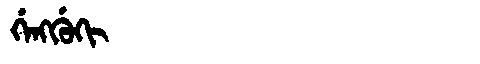
Manchu: ᡤᡝᠩᡤᡠᡴᡳ
Romanization: GENGGUKI